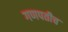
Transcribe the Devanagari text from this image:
गणपतीच